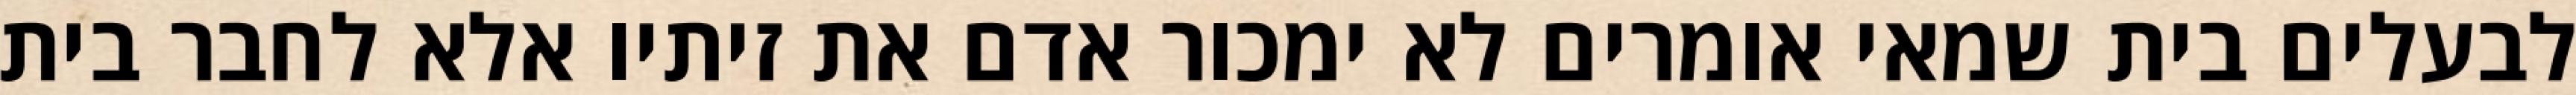
לבעלים בית שמאי אומרים לא ימכור אדם את זיתיו אלא לחבר בית